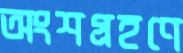
অংশগ্রহণে